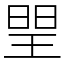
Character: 𤦉